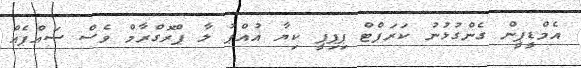
އެމްޑީޕީން ގެންގުޅުނު ކަރަޕްޓް ޕިޕިޕީ ކިޔާ އުއްޕު ލާ ޕްރޮގްރާމް ވެސް ސައްޕެއް